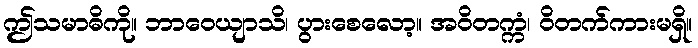
ဤသမာဓိကို။ ဘာဝေယျာသိ၊ ပွားစေလော့။ အဝိတက္ကံ၊ ဝိတက်ကားမရှိ။